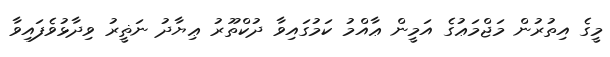
މީގެ އިތުރުން މަޖްމަޢުގެ އަމީން ޢާއްމު ކަމުގައިވާ ދުކްތޫރު ޢިޔާދު ނަޡީރު ވިދާޅުވެފައިވާ